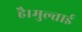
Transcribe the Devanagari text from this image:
है।मुल्ताई